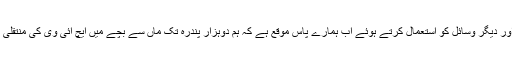
اپنی موسیقی کے پلیٹ فارمز اور دیگر وسائل کو استعمال کرتے ہوئے اب ہمارے پاس موقع ہے کہ ہم دوہزار پندرہ تک ماں سے بچے میں ایچ آئی وی کی منتقلی کو مکمل طور پر ختم کر دیں۔